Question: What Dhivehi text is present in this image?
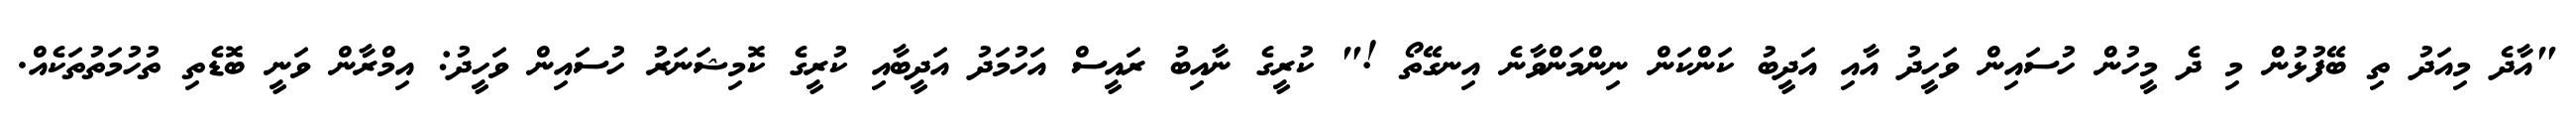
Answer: "އާދެ މިއަދު ތި ބޭފުޅުން މި ދެ މީހުން ހުސައިން ވަހީދު އާއި އަދީބު ކަންކަން ނިންމަންވާނެ އިނގޭތޯ !" ކުރީގެ ނާއިބު ރައީސް އަހުމަދު އަދީބާއި ކުރީގެ ކޮމިޝަނަރު ހުސައިން ވަހީދު: އިމްރާން ވަނީ ބޮޑެތި ތުހުމަތުތަކެއް.